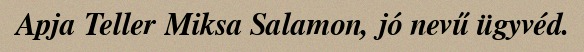
Apja Teller Miksa Salamon, jó nevű ügyvéd.